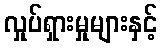
လှုပ်ရှားမှုများနှင့်